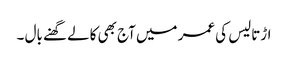
اڑتالیس کی عمر میں آج بھی کالے گھنے بال ۔